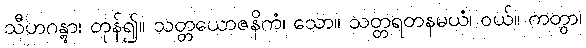
သီဟဂန္တွာ၊ တုန်၍။ သတ္တယောဇနိကံ၊ သော။ သတ္တရတနမယံ၊ ဝယ်။ ကတွာ၊